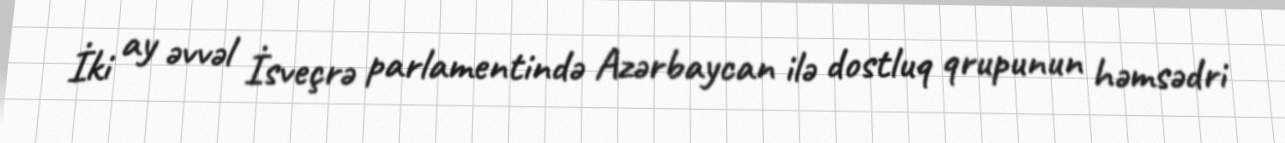
İki ay əvvəl İsveçrə parlamentində Azərbaycan ilə dostluq qrupunun həmsədri